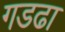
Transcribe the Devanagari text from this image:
गडढा